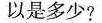
以是多少?